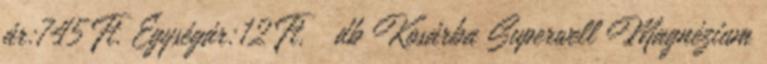
ár:745 Ft. Egységár:12 Ft. db Kosárba Superwell Magnézium